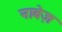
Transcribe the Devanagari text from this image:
नाबेज़